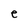
Character: e